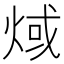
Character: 𤊨